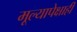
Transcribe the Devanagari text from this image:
मूल्यापेक्षाही